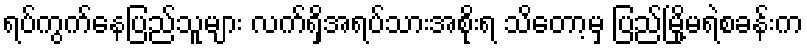
ရပ်ကွက်နေပြည်သူများ လက်ရှိအရပ်သားအစိုးရ သိတော့မှ ပြည်မြို့မရဲစခန်းက